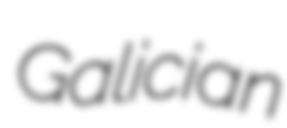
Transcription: Galician